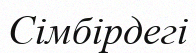
Сімбірдегі